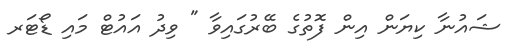
ޝައުނާ ކިޔަން އިން ފޮތުގެ ބޭރުގައިވާ " ވިދު އައުޓް މައި ޑޯޓަރ